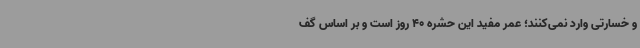
و خسارتی وارد نمی‌کنند؛ عمر مفید این حشره 40 روز است و بر اساس گف